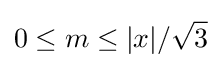
0\leq m\leq |x|/{\sqrt {3}}